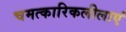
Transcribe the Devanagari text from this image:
चमत्कारिकलीलाएं